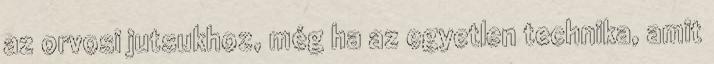
az orvosi jutsukhoz, még ha az egyetlen technika, amit